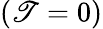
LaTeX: (\mathscr{T}=0)